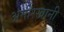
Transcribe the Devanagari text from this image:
अमीरखानी